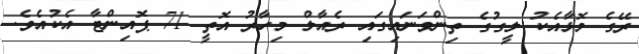
ރޭގެ މޮޅާއެކު ލީގުގެ ތިންވަނައިގައި ރެއާލް މިހާރު އޮތީ 71 ޕޮއިންޓާ އެކުއެވެ.